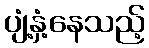
ပျံ့နှံ့နေသည့်